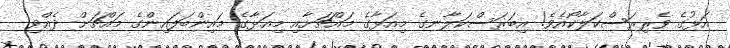
އަޅުގެ ވެރިރަސްކަލާކޯއެވެ! އިބަރަސްކަލާނގެ މިއަޅާގެ މައްޗަށާއި މިއަޅާގެ މައިންބަފައިންގެ މައްޗަށް ދެއްވި